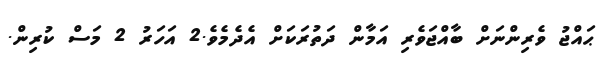
ޙައްޖު ވެރިންނަށް ބާއްޖަވެރި އަމާން ދަތުރަކަށް އެދެމެވެ.2 އަހަރު 2 މަސް ކުރިން.